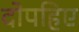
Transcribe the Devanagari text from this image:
दोपहिए